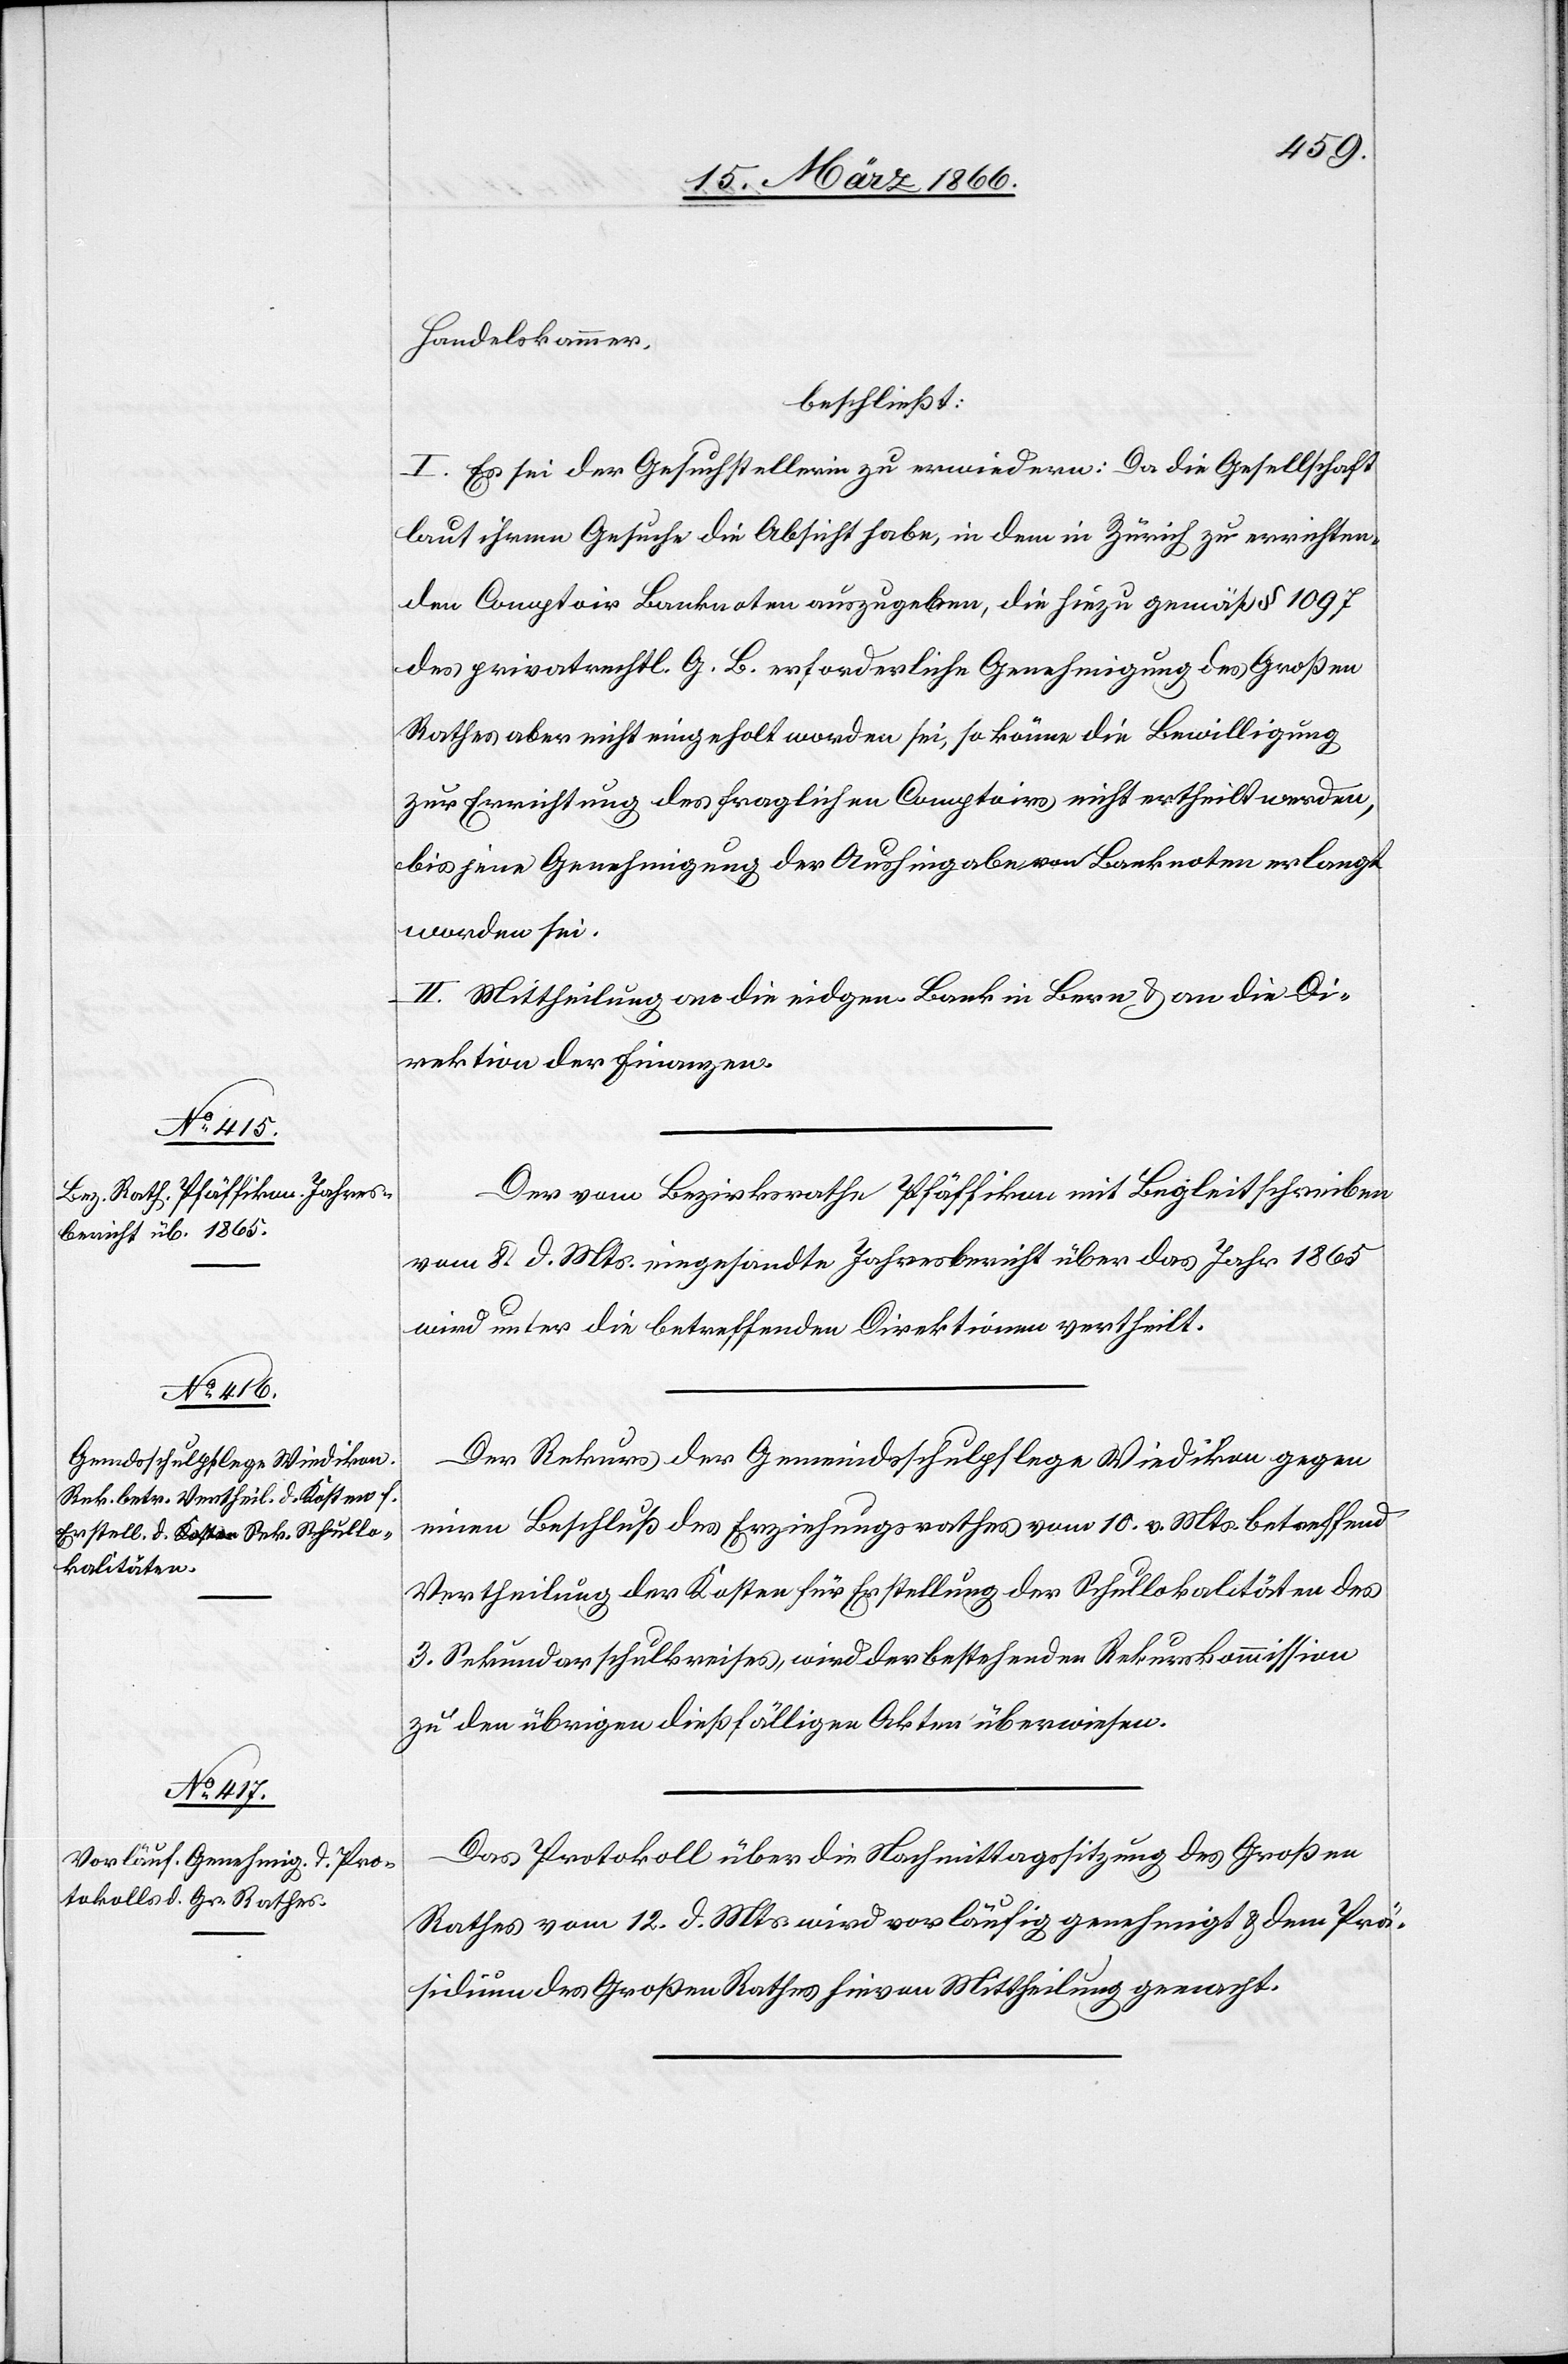
Handelskammer,
beschließt:
I. Es sei der Gesuchstellerin zu erwiedern: Da die Gesellschaft
laut ihrem Gesuche die Absicht habe, in dem in Zürich zu errichten¬
den Comptoir Banknoten auszugeben, die hiezu gemäß § 1097
des privatrechtl. G. B. erforderliche Genehmigung des Großen
Rathes aber nicht eingeholt worden sei, so könne die Bewilligung
zu Errichtung des fraglichen Comptoirs nicht ertheilt werden,
bis jene Genehmigung der Aushingabe von Banknoten erlangt
worden sei.
II. Mittheilung an die eidgen. Bank in Bern u. an die Di¬
rektion der Finanzen.
Der vom Bezirksrathe Pfäffikon mit Begleitschreiben
vom 8. d. Mts. eingesandte Jahresbericht über das Jahr 1865
wird unter die betreffenden Direktionen vertheilt.
Der Rekurs der Gemeindsschulpflege Wiedikon gegen
einen Beschluß des Erziehungsrathes vom 10. d. Mts. betreffend
Vertheilung der Kosten für Erstellung der Schullokalitäten des
3. Sekundarschulkreises, wird der bestehenden Rekurskommission
zu den übrigen dießfälligen Akten überwiesen.
Das Protokoll über die Nachmittagssitzung des Großen
Rathes vom 12. d. Mts. wird vorläufig genehmigt u. dem Prä¬
sidenten des Großen Rathes hievon Mittheilung gemacht.